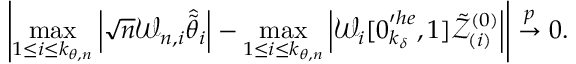
\left\vert \operatorname* { m a x } _ { 1 \leq i \leq k _ { \theta , n } } \left\vert \sqrt { n } \mathcal { W } _ { n , i } \widehat { \tilde { \theta } } _ { i } \right\vert - \operatorname* { m a x } _ { 1 \leq i \leq k _ { \theta , n } } \left\vert \mathcal { W } _ { i } [ \boldsymbol { 0 } _ { k _ { \delta } } ^ { \prime h e } , 1 ] \mathcal { \tilde { Z } } _ { ( i ) } ^ { ( 0 ) } \right\vert \right\vert \overset { p } { \rightarrow } 0 .